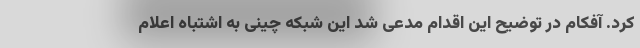
کرد. آفکام در توضیح این اقدام مدعی شد این شبکه چینی به اشتباه اعلام